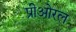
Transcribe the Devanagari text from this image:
प्रीओरल